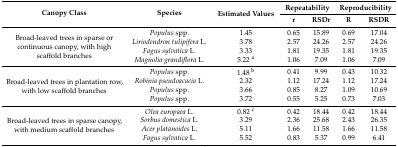
<table><thead><tr><td rowspan="2"><b>Canopy Class</b></td><td rowspan="2"><b>Species</b></td><td rowspan="2"><b>Estimated Values</b></td><td colspan="2"><b>Repeatability</b></td><td colspan="2"><b>Reproducibility</b></td></tr><tr><td><b>r</b></td><td><b>RSDr</b></td><td><b>R</b></td><td><b>RSDR</b></td></tr></thead><tbody><tr><td rowspan="4">Broad-leaved trees in sparse or continuous canopy, with high scaffold branches</td><td><i>Populus</i> spp.</td><td>1.45</td><td>0.65</td><td>15.89</td><td>0.69</td><td>17.04</td></tr><tr><td><i>Liriodendron tulipifera</i> L.</td><td>3.78</td><td>2.57</td><td>24.26</td><td>2.57</td><td>24.26</td></tr><tr><td><i>Fagus sylvatica</i> L.</td><td>3.33</td><td>1.81</td><td>19.35</td><td>1.81</td><td>19.35</td></tr><tr><td><i>Magnolia grandiflora</i> L.</td><td>5.22 <sup>a</sup></td><td>1.06</td><td>7.09</td><td>1.06</td><td>7.09</td></tr><tr><td rowspan="4">Broad-leaved trees in plantation row, with low scaffold branches</td><td><i>Populus</i> spp.</td><td>1.48 <sup>b</sup></td><td>0.41</td><td>9.99</td><td>0.43</td><td>10.32</td></tr><tr><td><i>Robinia pseudoacacia</i> L.</td><td>2.32</td><td>1.12</td><td>17.24</td><td>1.12</td><td>17.24</td></tr><tr><td><i>Populus</i> spp.</td><td>3.66</td><td>0.85</td><td>8.27</td><td>1.09</td><td>10.69</td></tr><tr><td><i>Populus</i> spp.</td><td>3.72</td><td>0.55</td><td>5.25</td><td>0.73</td><td>7.03</td></tr><tr><td rowspan="4">Broad-leaved trees in sparse canopy, with medium scaffold branches</td><td><i>Olea europaea</i> L.</td><td>0.82 <sup>c</sup></td><td>0.42</td><td>18.44</td><td>0.42</td><td>18.44</td></tr><tr><td><i>Sorbus domestica</i> L.</td><td>3.29</td><td>2.36</td><td>25.68</td><td>2.43</td><td>26.35</td></tr><tr><td><i>Acer platanoides</i> L.</td><td>5.11</td><td>1.66</td><td>11.58</td><td>1.66</td><td>11.58</td></tr><tr><td><i>Fagus sylvatica</i> L.</td><td>5.52</td><td>0.83</td><td>5.37</td><td>0.99</td><td>6.41</td></tr></tbody></table>